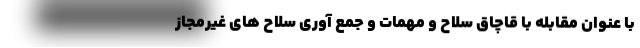
با عنوان مقابله با قاچاق سلاح و مهمات و جمع آوری سلاح های غیرمجاز